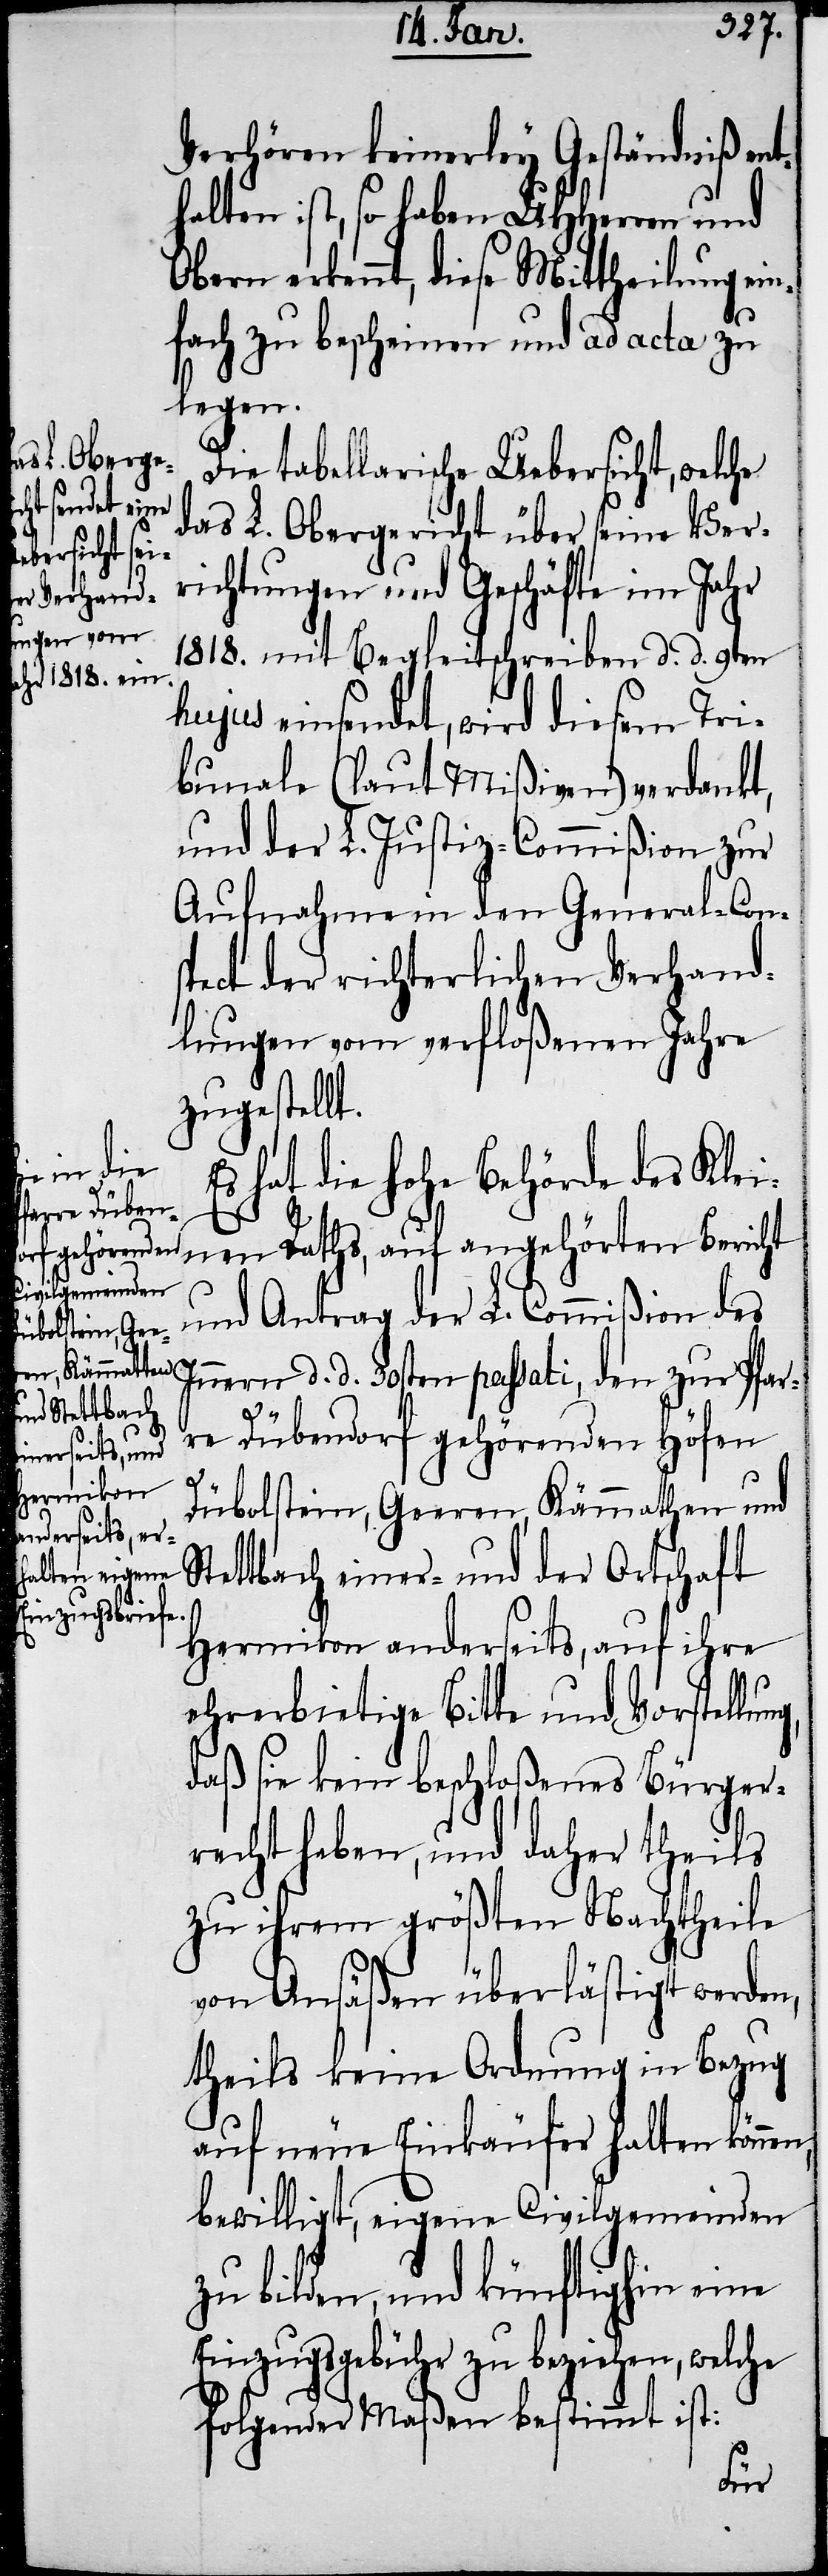
übolstein, Gee¬
ren, Kämmathen

Verhören keinerley Geständniß ent¬
halten ist, so haben UHHerren und
Obern erkennt, diese Mittheilung ein¬
fach zu bescheinen und ad acta zu
legen.
Die tabellarische Uebersicht, welche
das L. Obergericht über seine Ver¬
richtungen und Geschäfte im Jahr
1818. mit Begleitschreiben d. d. 9ten
hujus einsendet, wird diesem Tri¬
bunale (laut Mißiven) verdankt,
und der L. Justiz-Commißion zur
Aufnahme in den General-Con¬
spect der richterlichen Verhand¬
lungen vom verfloßenen Jahre
zugestellt.
Es hat die hohe Behörde des Klei¬
nen Raths, auf angehörten Bericht
und Antrag der L. Commißion des
nern d. d. 30sten passati, den zur Pfar¬
re Dübendorf gehörenden Höfen
ng,
tettbach einer- und der Ortschaft
Hermikon anderseits, auf ihre
ehrerbietige Bitte und Vorstellu¬
daß sie kein beschloßenens Bürger¬
recht haben, und daher theils
zu ihrem größten Nachtheile
von Ansäßen überlästigt werden,
theils keine Ordnung in Bezug
auf neue Einkäufer halten könn¬
bewilligt, eigene Civilgemeinden
zu bilden, und künftighin eine
Einzugsgebühr zu beziehen, welche
folgender Maßen bestimmt ist:
en,